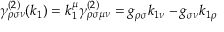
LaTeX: \gamma _ { \rho \sigma \nu } ^ { ( 2 ) } ( k _ { 1 } ) = k _ { 1 } ^ { \mu } \gamma _ { \rho \sigma \mu \nu } ^ { ( 2 ) } = g _ { \rho \sigma } k _ { 1 \nu } - g _ { \sigma \nu } k _ { 1 \rho }